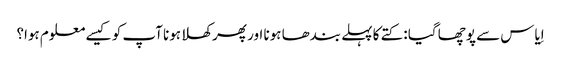
اِیاس سے پوچھا گیا : کتے کا پہلے بندھا ہونا اور پھر کھلا ہونا آپ کو کیسے معلوم ہوا؟